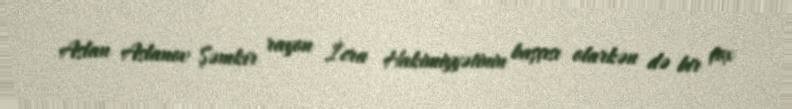
Aslan Aslanov Şəmkir rayon İcra Hakimiyyətinin başçısı olarkən də bir çox